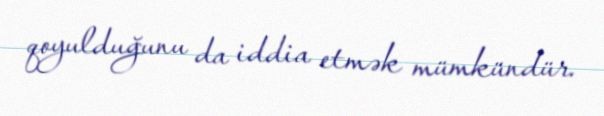
qoyulduğunu da iddia etmək mümkündür.